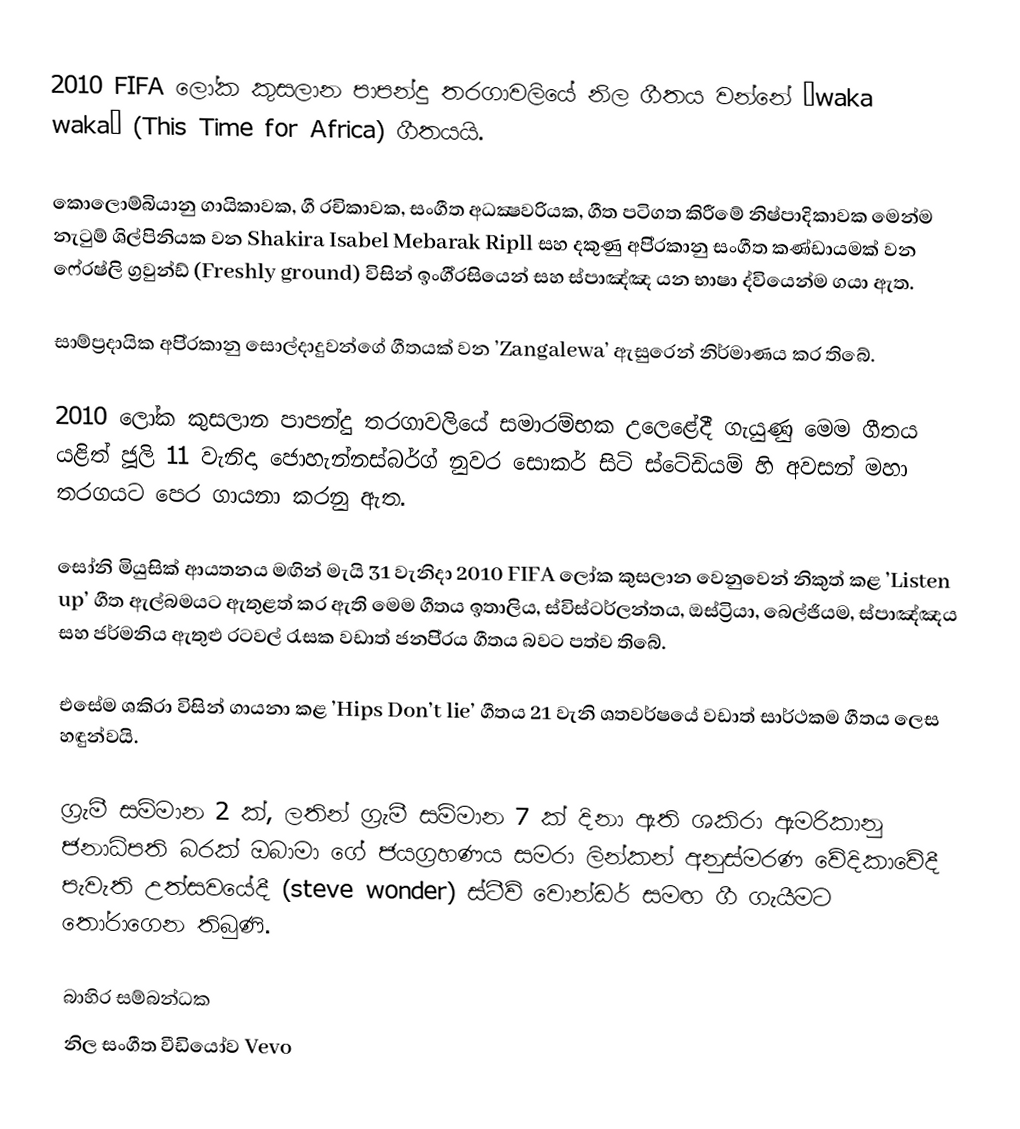
2010 FIFA ලෝක කුසලාන පාපන්දු තරගාවලියේ නිල ගීතය වන්නේ ’waka waka’ (This Time for Africa)  ගීතයයි.

කොලොම්බියානු ගායිකාවක, ගී රචිකාවක, සංගීත අධක්‍ෂවරියක, ගීත පටිගත කිරීමේ නිෂ්පාදිකාවක මෙන්ම නැටුම් ශිල්පිනියක වන Shakira Isabel Mebarak Ripll සහ දකුණු අපි‍්‍රකානු සංගීත කණ්ඩායමක් වන ෆෙ‍්‍රෂ්ලි ග්‍රවුන්ඩ් (Freshly ground) විසින් ඉංගී‍්‍රසියෙන් සහ ස්පාඤ්ඤ යන භාෂා ද්වියෙන්ම ගයා ඇත.

සාම්ප්‍රදායික අපි‍්‍රකානු සොල්දාදුවන්ගේ ගීතයක් වන ’Zangalewa’ ඇසුරෙන් නිර්මාණය කර තිබේ.

2010 ලෝක කුසලාන පාපන්දු තරගාවලියේ සමාරම්භක උලෙළේදී ගැයුණු මෙම ගීතය යළිත් ජූලි 11 වැනිදා ජොහැන්නස්බර්ග් නුවර සොකර් සිටි ස්ටේඩියම් හි අවසන් මහා තරගයට පෙර ගායනා කරනු ඇත.

සෝනි මියුසික් ආයතනය මඟින් මැයි 31 වැනිදා 2010 FIFA ලෝක කුසලාන වෙනුවෙන් නිකුත් කළ ’Listen up’ ගීත ඇල්බමයට ඇතුළත් කර ඇති මෙම ගීතය ඉතාලිය, ස්විස්ටර්ලන්තය, ඔස්ට්‍රියා, බෙල්ජියම, ස්පාඤ්ඤය සහ ජර්මනිය ඇතුළු රටවල් රැසක වඩාත් ජනපි‍්‍රය ගීතය බවට පත්ව තිබේ.

එසේම ශකිරා විසින් ගායනා කළ ’Hips Don’t lie’ ගීතය 21 වැනි ශතවර්ෂයේ වඩාත් සාර්ථකම ගීතය ලෙස හඳුන්වයි.

ග්‍රැමී සම්මාන 2 ක්, ලතින් ග්‍රැමී සම්මාන 7 ක් දිනා ඇති ශකිරා ඇමරිකානු ජනාධිපති බරක් ඔබාමා ගේ ජයග්‍රහණය සමරා ලින්කන් අනුස්මරණ වේදිකාවේදී පැවැති උත්සවයේදී (steve wonder) ස්ටීව් වොන්ඩර් සමඟ ගී ගැයීමට තෝරාගෙන තිබුණි.

බාහිර සම්බන්ධක
 නිල සංගීත වීඩියෝව Vevo